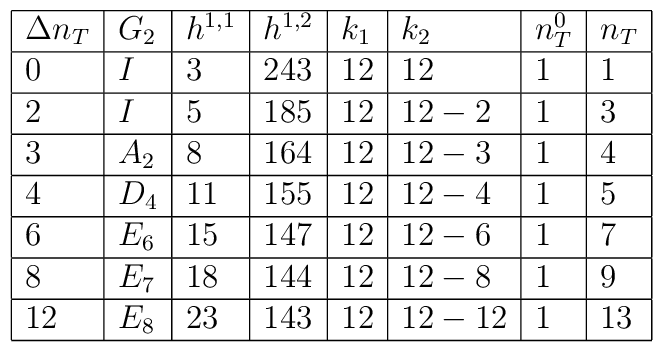
\begin{array}{|l|l|l|l|l|l|l|l|}\hline \Delta n_T     & G_2   & h^{1,1}& h^{1,2}& k_1& k_2  & n_ T^0 & n_T  \\ \hline 0    &  I             &3      &243     & 12 & 12   &  1&1     \\ \hline2    & I             &5       &185     & 12 & 12-2&  1&3 \\ \hline3    &  A_2   &8       &164     & 12 &12-3 &  1&4 \\ \hline4    & D_4   &11      &155     & 12 & 12-4 &  1&5 \\ \hline6    & E_6   &15      &147     & 12 & 12-6 &  1&7 \\ \hline8    & E_7   &18      &144     & 12 & 12-8 &  1&9 \\ \hline12   & E_8   &23      &143     & 12 & 12-12 &  1&13 \\ \hline\end{array}